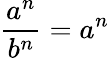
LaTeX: {\frac{a^{n}}{b^{n}}}=a^{n}